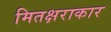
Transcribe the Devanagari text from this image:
मितक्षराकार